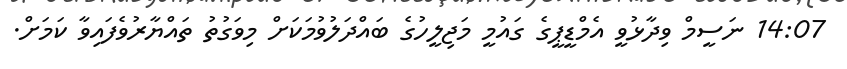
14:07 ނަސީމް ވިދާޅުވީ އެމްޑީޕީގެ ގައުމީ މަޖިލީހުގެ ބައްދަލުވުމަކަށް މިވަގުތު ތައްޔާރުވެފައިވާ ކަމަށް.